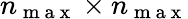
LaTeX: n_{\mathrm{~m~a~x~}}\times n_{\mathrm{~m~a~x~}}